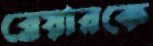
ব্লেয়ারকে